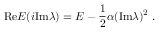
\mathrm { R e } E ( i \mathrm { I m } \lambda ) = E - { \frac { 1 } { 2 } } \alpha ( \mathrm { I m } \lambda ) ^ { 2 } \ .